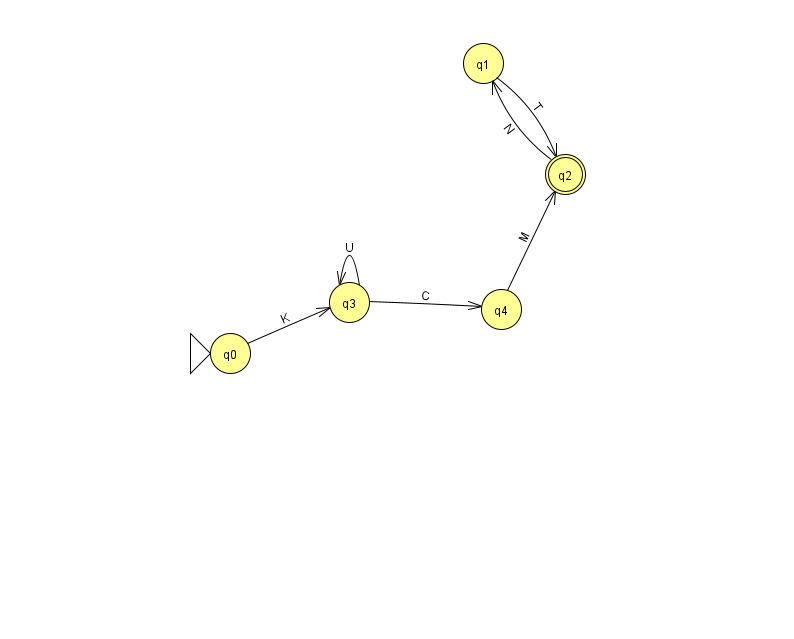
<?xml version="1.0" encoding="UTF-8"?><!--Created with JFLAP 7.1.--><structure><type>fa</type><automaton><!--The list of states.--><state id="0" name="q0"><x>230.0</x><y>340.0</y><initial/></state><state id="1" name="q1"><x>483.0</x><y>50.0</y></state><state id="2" name="q2"><x>565.0</x><y>161.0</y><final/></state><state id="3" name="q3"><x>349.0</x><y>289.0</y></state><state id="4" name="q4"><x>501.0</x><y>296.0</y></state><!--The list of transitions.--><transition><from>3</from><to>4</to><read>C</read></transition><transition><from>1</from><to>2</to><read>T</read></transition><transition><from>4</from><to>2</to><read>M</read></transition><transition><from>3</from><to>3</to><read>U</read></transition><transition><from>0</from><to>3</to><read>K</read></transition><transition><from>2</from><to>1</to><read>N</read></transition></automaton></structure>